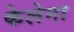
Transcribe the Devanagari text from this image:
केलेना